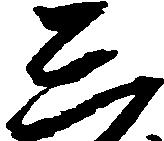
し